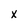
Character: X